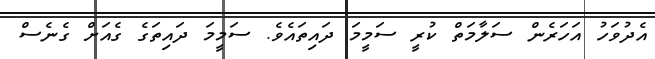
އެދުވަހު އަހަރެން ސަލާމަތް ކުރީ ސަމީމަ ދައިތައެވެ. ސަމީމަ ދައިތަގެ ގެއަށް ގެނެސް